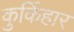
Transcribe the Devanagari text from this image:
कुर्किहार